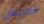
العريس